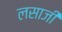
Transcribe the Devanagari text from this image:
लसाजी